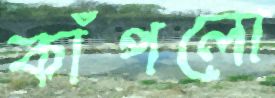
কাঁপলো